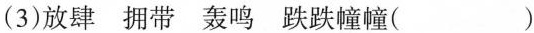
(3)放肆 拥带 轰鸣 跌跌幢幢( )